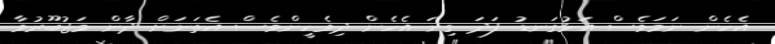
އެހެން ނަމަވެސް އަޅުގަނޑު ފަދަ ގިނަ އެހެން ދިވެހީންވެސް އެތަނަށް ދާން މަޖުބޫރުވާ